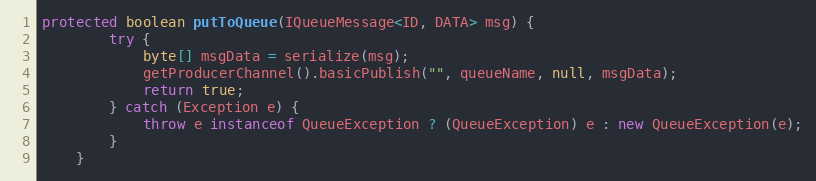
Language: Java
protected boolean putToQueue(IQueueMessage<ID, DATA> msg) {
        try {
            byte[] msgData = serialize(msg);
            getProducerChannel().basicPublish("", queueName, null, msgData);
            return true;
        } catch (Exception e) {
            throw e instanceof QueueException ? (QueueException) e : new QueueException(e);
        }
    }